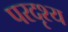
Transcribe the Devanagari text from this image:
परदृश्य